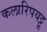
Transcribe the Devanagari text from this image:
कलारिपयट्टू